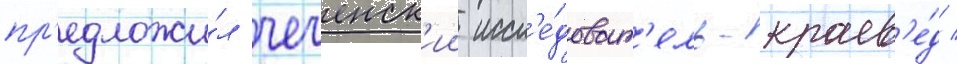
пр'едложи́л чеченск'ии иссл'е́доват'ель-краев'е́д /